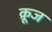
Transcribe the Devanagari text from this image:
क़्रूज